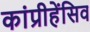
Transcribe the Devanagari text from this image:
कांप्रीहेंसिव